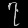
Digit: ၇